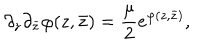
LaTeX: \partial _ { z } \partial _ { \bar { z } } \varphi ( z , \bar { z } ) = { \frac { \mu } { 2 } } e ^ { \varphi ( z , \bar { z } ) } ,